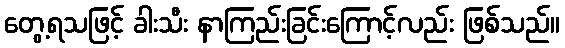
တွေ့ရသဖြင့် ခါးသီး နာကြည်းခြင်းကြောင့်လည်း ဖြစ်သည်။